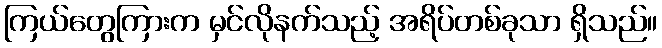
ကြယ်တွေကြားက မှင်လိုနက်သည့် အရိပ်တစ်ခုသာ ရှိသည်။